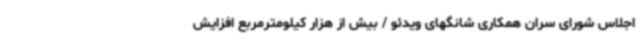
اجلاس شورای سران همکاری شانگهای ویدئو / بیش از هزار کیلومترمربع افزایش